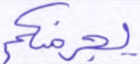
يجرمنكم